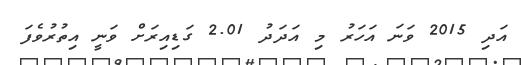
އަދި 2015 ވަނަ އަހަރު މި އަދަދު 2.01 ގަޑިއިރަށް ވަނީ އިތުރުވެފަ